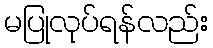
မပြုလုပ်ရန်လည်း